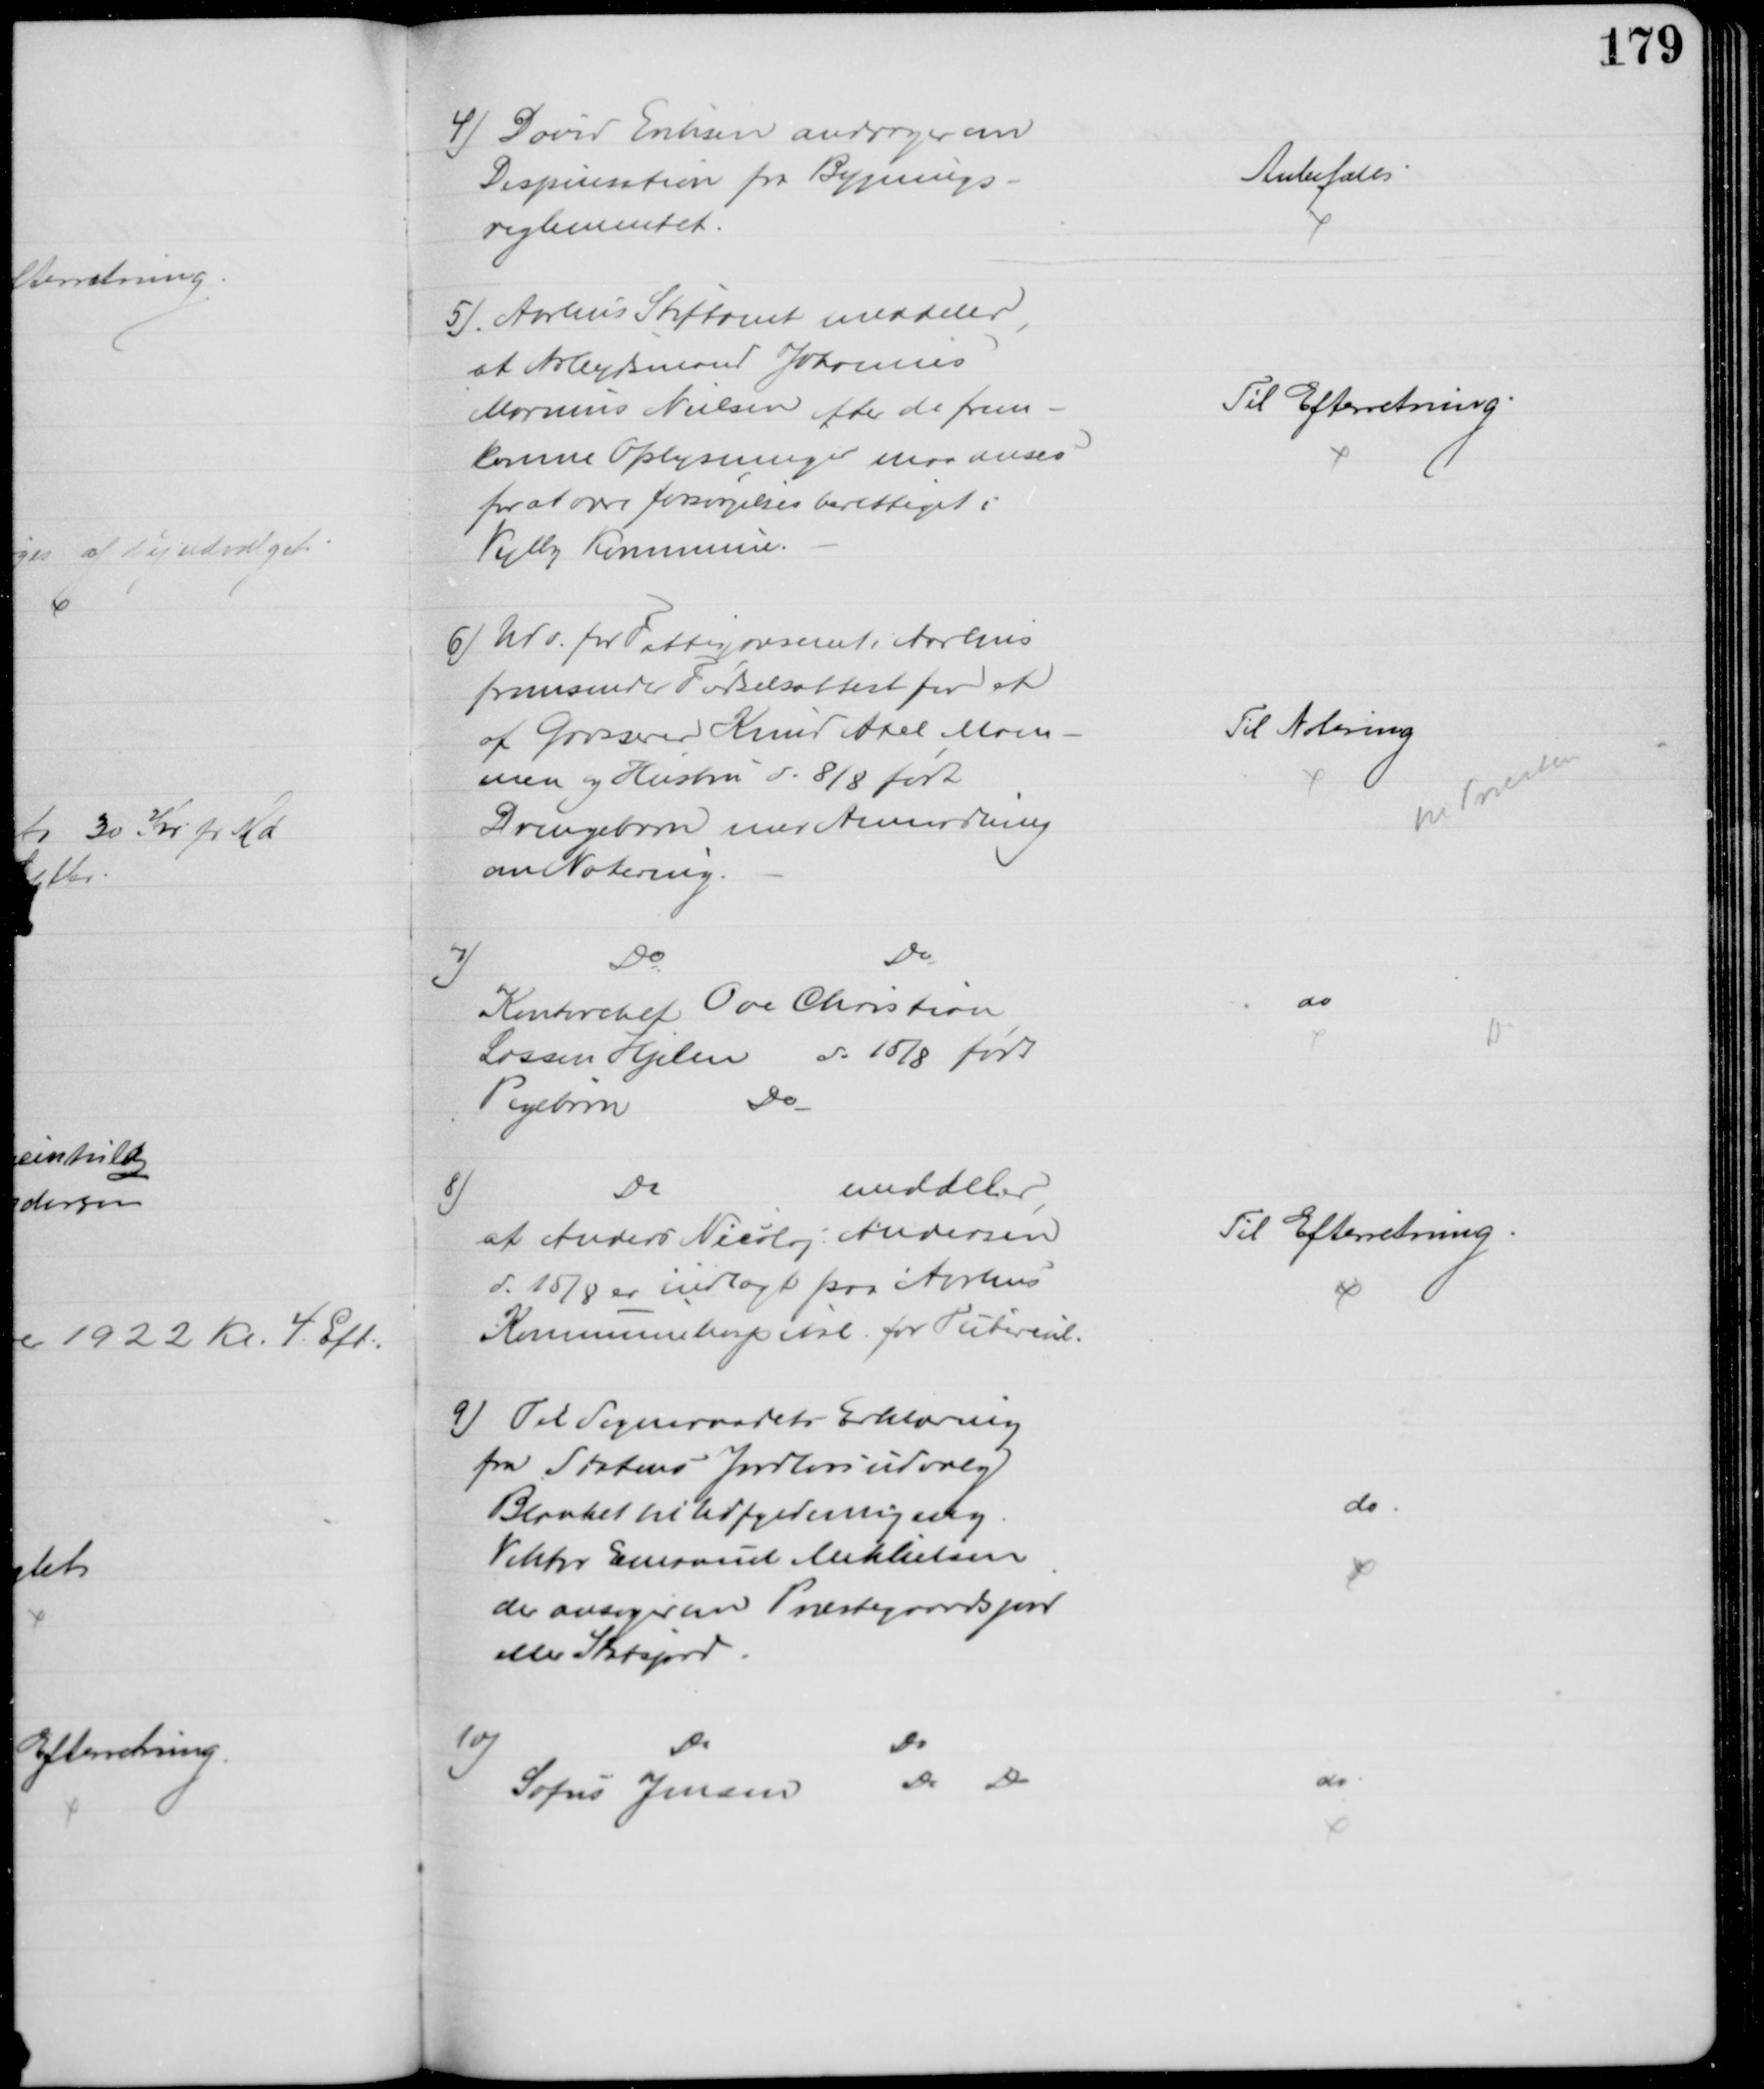
Transskription:
4) David Eriksen andrager om
Dispensation fra Bygnings-
reglementet.
Anbefales
5). Aarhus Stiftamt meddeler,
at Arbejdsmand Johannes
Marinus Nielsen efter de frem-
komne Oplysninger maa anses
for at være forsørgelsesberettiget i 
Vejlby Kommune.
Til Efterretning.
6) Udv. for Fattigvæsenet i Aarhus
fremsender Fødselsattest for et
af Grosserer Knud Axel Mam-
men og Hustru d. 8/8 født
Drengebarn med Anmodning
om Notering.
Til Notering
til Præsten
7)
Do
Do
Kontorchef Ove Christian
Lassen Hjelm d: 15/8 født
Pigebarn
Do
do
8)
Do
meddeler,
at Anders Nicolaj Andersen
d. 15/8 er indlagt paa Aarhus
Kommunehospital for Tubercul.
Til Efterretning.
9) Til Sogneraadets Erklæring
fra Statens Jordlovsudvalg
Blanket til Udfyldning ang.
Viktor Emanuel Mikkelsen
der ansøger om Præstegaardsjord
eller Statsjord
do
10)
Do
Do
Sofus Jensen 
Do
Do
do